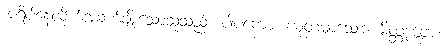
အရိပ်နေလိုက်အခက်ချိုးသောသူသည်။ ပါပကော၊ ယုတ်မာသော။ မိတ္တဒုဗ္ဘော၊